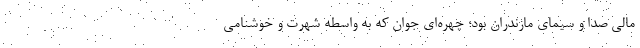
مالی صدا و سیمای مازندران بود؛ چهره‌ای جوان که به واسطه شهرت و خوشنامی